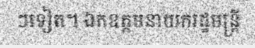
ៗទៀត។ ឯកឧត្តមនាយករដ្ឋមន្ត្រី